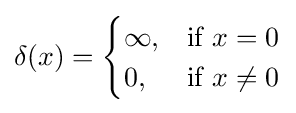
\delta (x)={\begin{cases}\infty ,&{\text{if }}x=0\\0,&{\text{if }}x\neq 0\end{cases}}